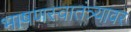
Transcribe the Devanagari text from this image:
भाषणस्वातंत्र्यावर